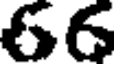
66